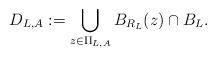
LaTeX: \begin{align*}D_{L,A} := \bigcup_{z \in \Pi_{L,A}} B_{R_L}(z) \cap B_L.\end{align*}